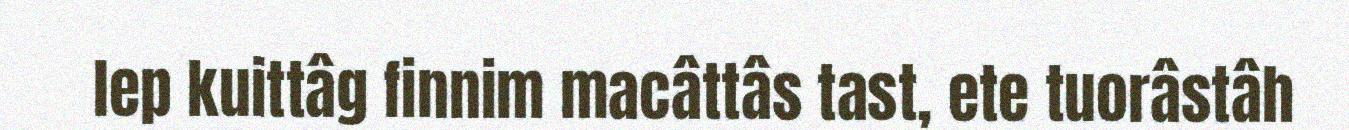
lep kuittâg finnim macâttâs tast, ete tuorâstâh